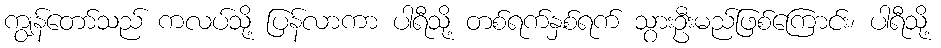
ကျွန်တော်သည် ကလပ်သို့ ပြန်လာကာ ပါရီသို့ တစ်ရက်နှစ်ရက် သွားဦးမည်ဖြစ်ကြောင်း၊ ပါရီသို့